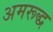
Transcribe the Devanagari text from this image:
अमरूद्ध